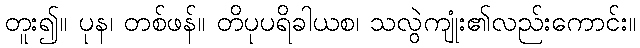
တူး၍။ ပုန၊ တစ်ဖန်။ တိပုပရိခါယစ၊ သလွဲကျုံး၏လည်းကောင်း။